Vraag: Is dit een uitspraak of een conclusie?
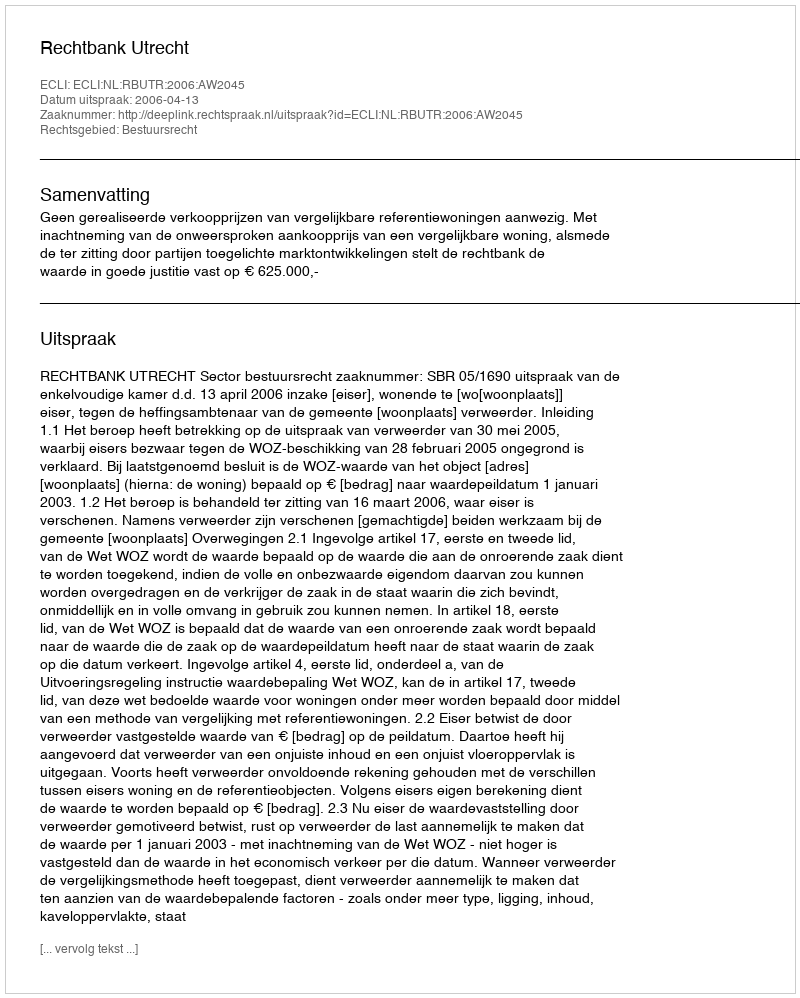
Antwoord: Uitspraak